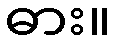
ဓား။